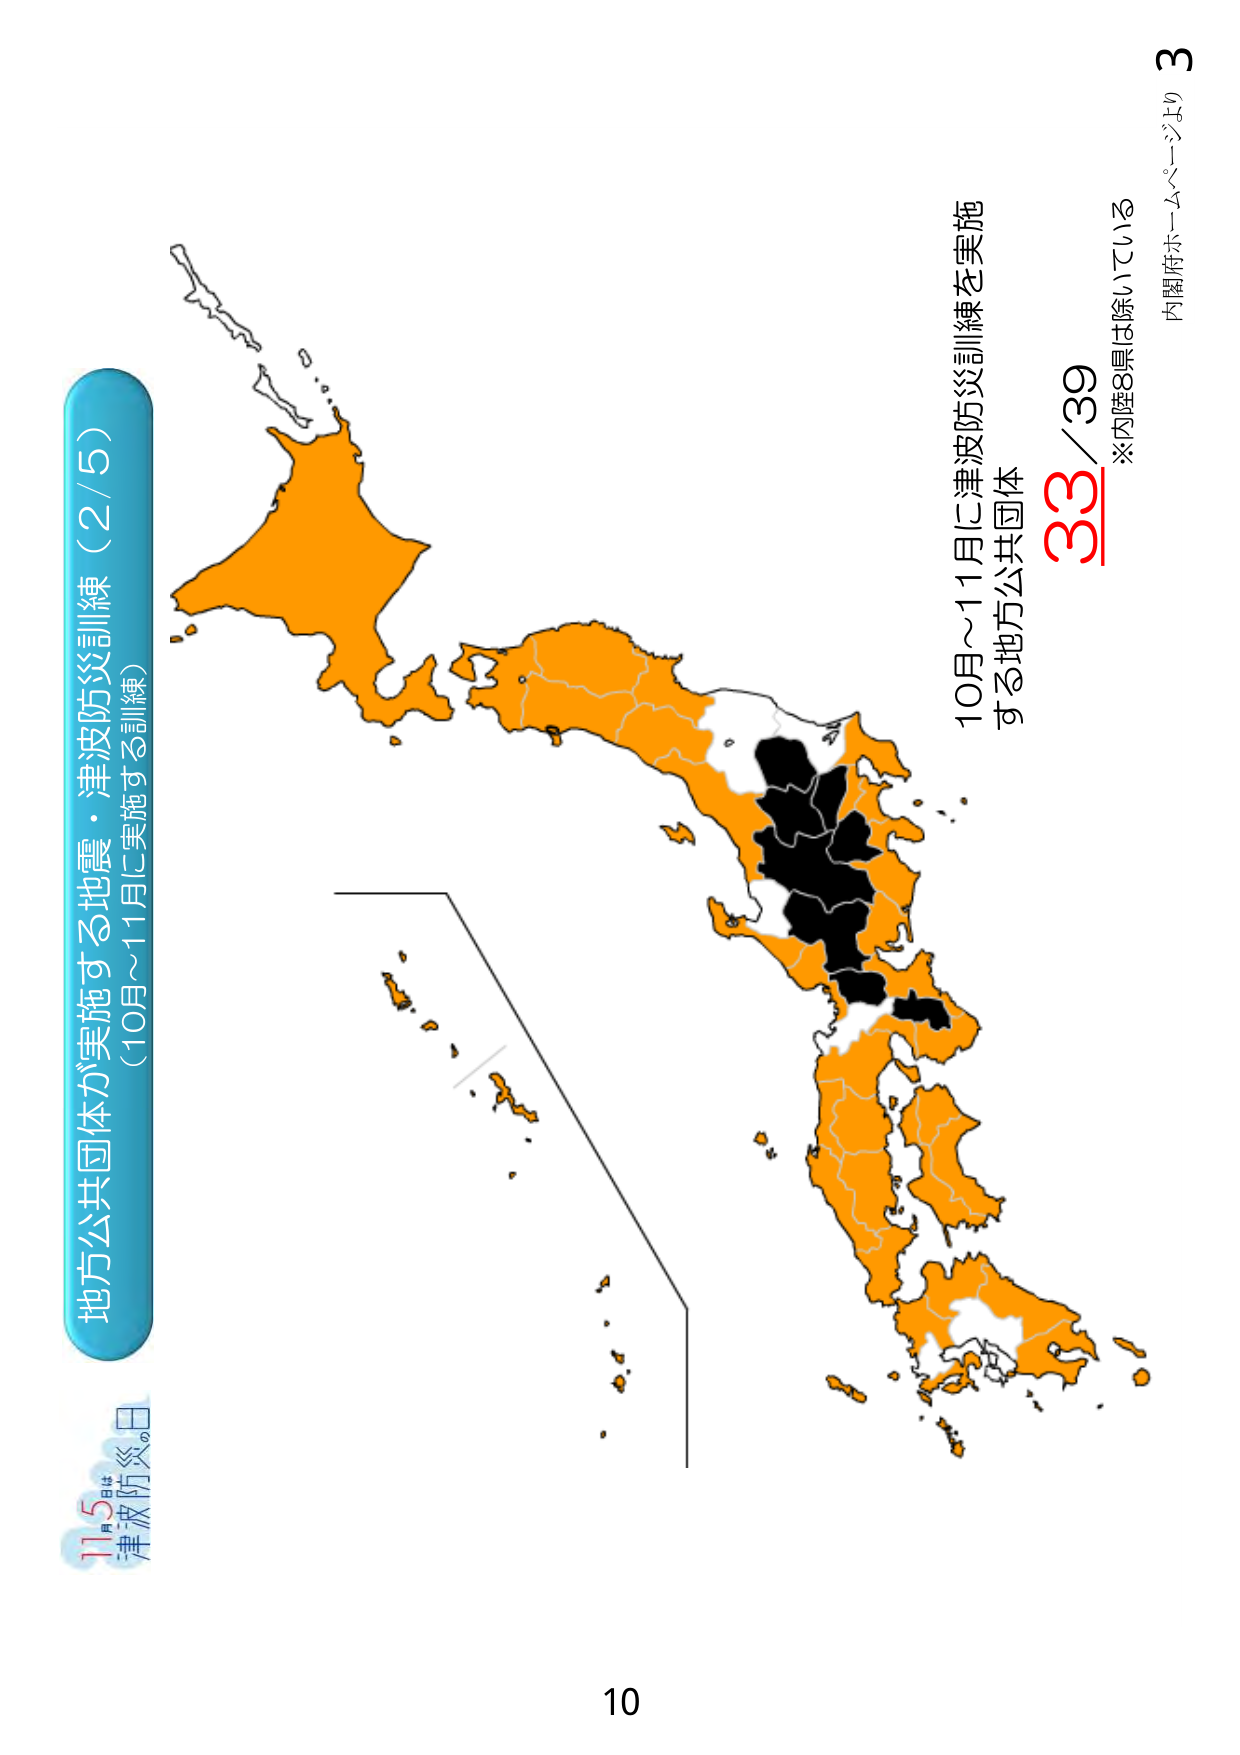
地方公共団体が実施する地震・津波防災訓練（2/5）
（10月～11月に実施する訓練）

11月5日は
津波防災の日

10月～11月に津波防災訓練を実施
する地方公共団体
33/39
※内陸8県は除いている
内閣府ホームページより

3
10